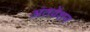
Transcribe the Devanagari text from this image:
अंतवेंशन